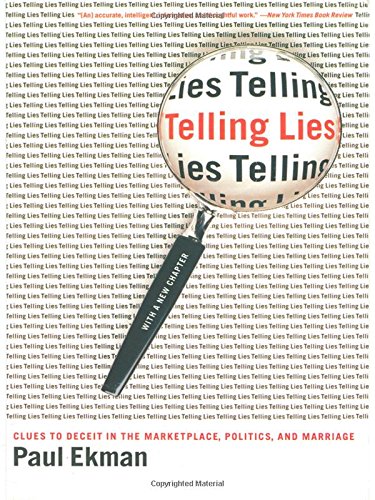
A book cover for Telling Lies: Clues to Deceit in the Marketplace, Politics, and Marriage; Paul Ekman; Medical Books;